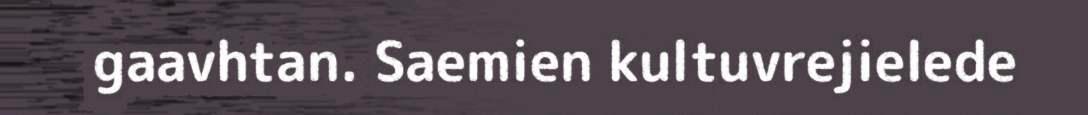
gaavhtan. Saemien kultuvrejielede